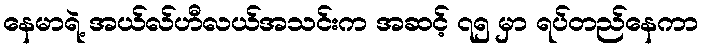
နေမာရဲ့ အယ်လ်ဟီလယ်အသင်းက အဆင့် ၇၅ မှာ ရပ်တည်နေကာ